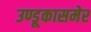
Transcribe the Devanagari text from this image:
उण्डूकासमेर